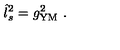
\hat { l } _ { s } ^ { 2 } = g _ { \mathrm { Y M } } ^ { 2 } \ .